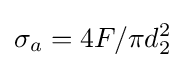
\sigma _{a}=4F/\pi d_{2}^{2}